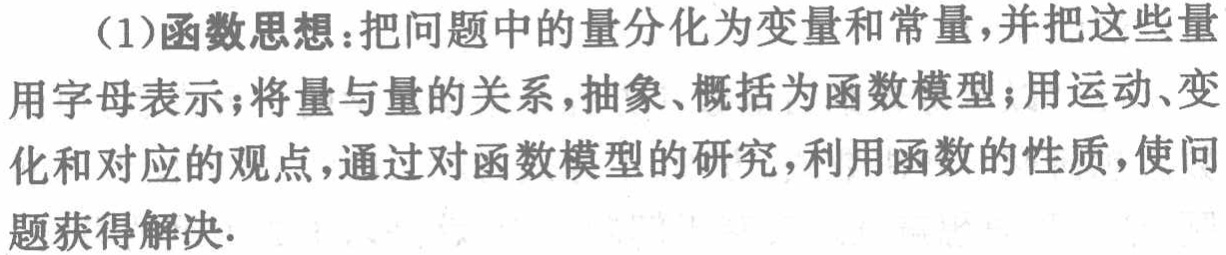
(1)函数思想：把问题中的量分化为变量和常量，并把这些量用字母表示；将量与量的关系，抽象、概括为函数模型；用运动、变化和对应的观点，通过对函数模型的研究，利用函数的性质，使问题获得解决.